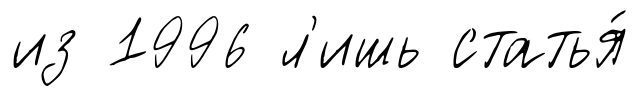
из 1996 л'ишь статья́